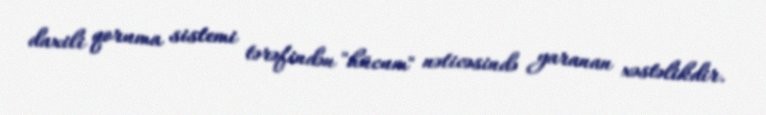
daxili qoruma sistemi tərəfindən "hücum" nəticəsində yaranan xəstəlikdir.